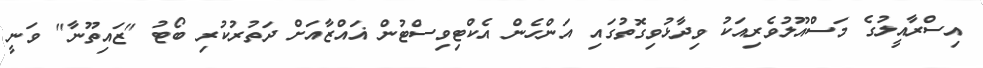
އިސްރާއީލުގެ މަސްއޫލުވެރިއަކު ވިދާޅުވިގޮތުގައި އަންހެން އެކްޓިވިސްޓުން ޣައްޒާއަށް ދަތުރުކުރި ބޯޓު "ޒައިތޫނާ" ވަނީ